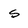
Character: s